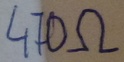
Text: 470Ω